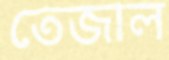
তেজাল